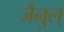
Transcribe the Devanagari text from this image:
जैनुल्